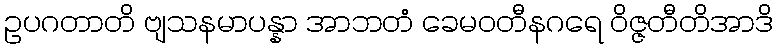
ဥပဂတာတိ ဗျသနမာပန္နာ အာဘတံ ခေမဝတီနဂရေ ဝိဇ္ဇတီတိအာဒိ